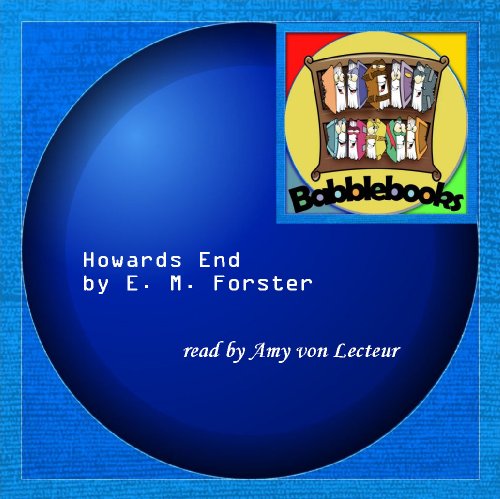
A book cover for Howards End; E. M. Forster; Crafts, Hobbies & Home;